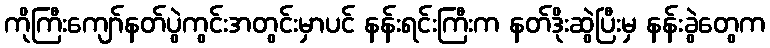
ကိုကြီးကျော်နတ်ပွဲကွင်းအတွင်းမှာပင် နန်းရင်းကြီးက နတ်ဒိုးဆွဲပြီးမှ နန်းခွဲတွေက